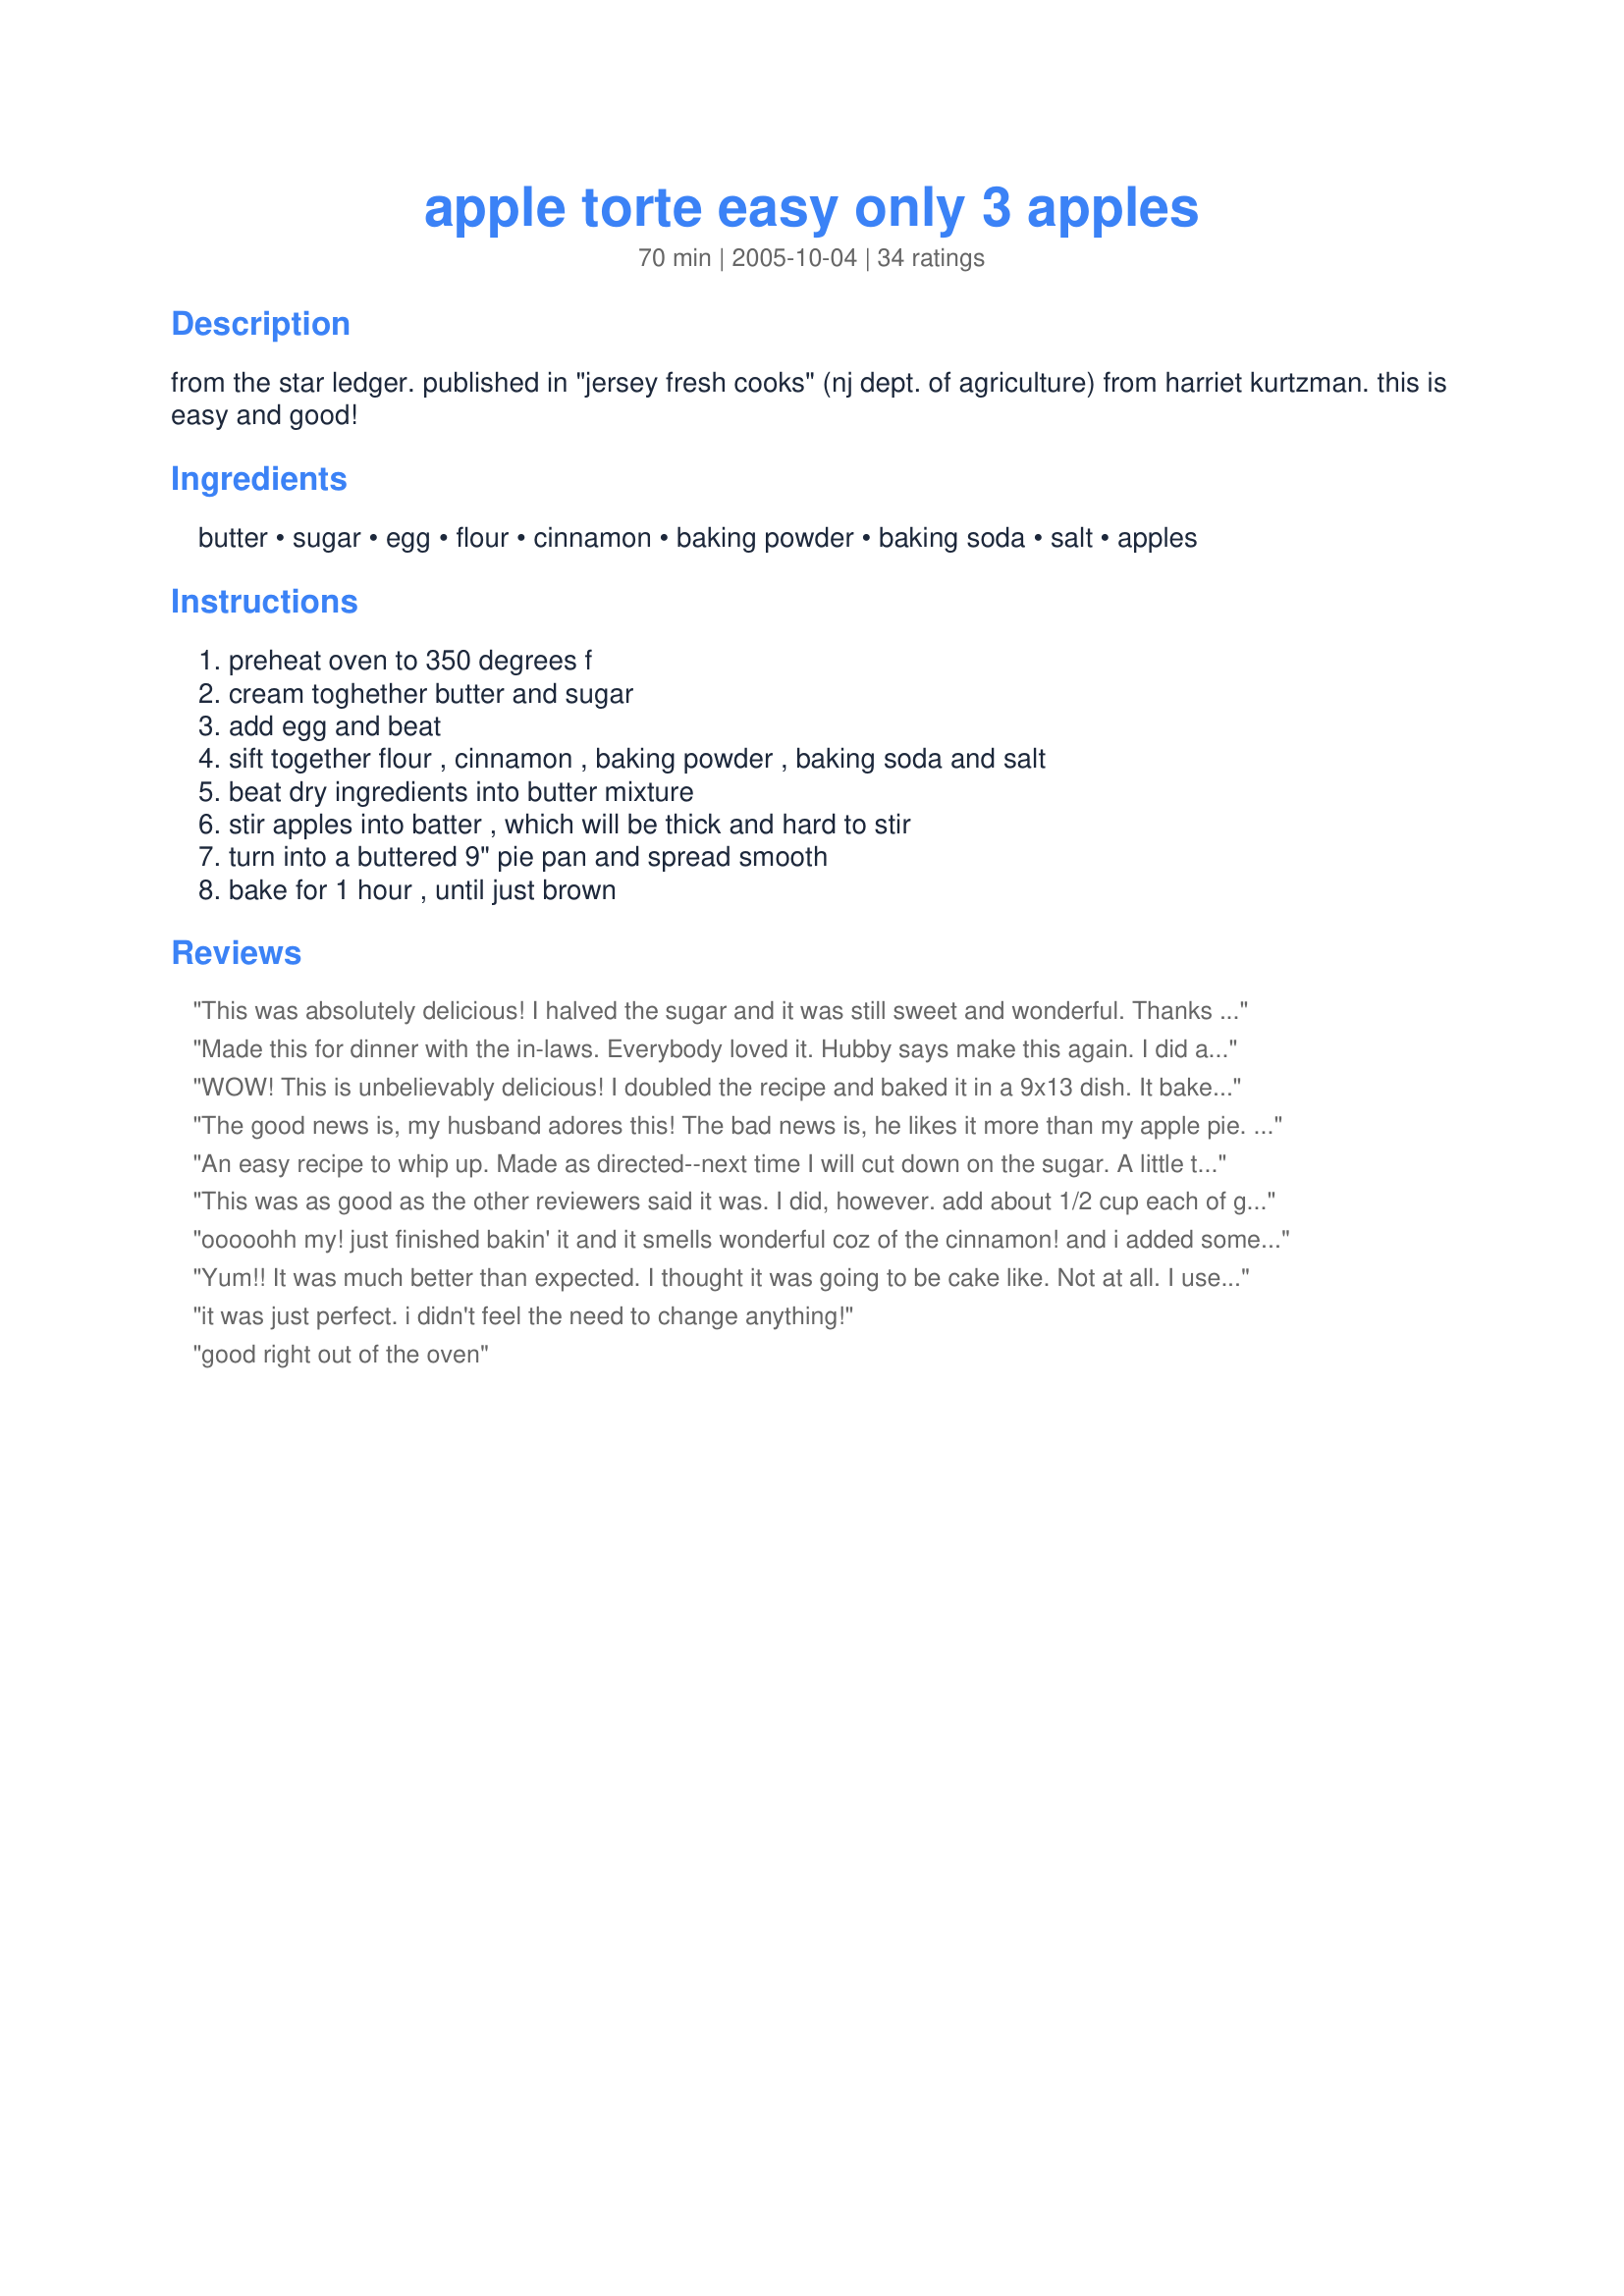
apple torte easy only 3 apples
Preparation time: 70 minutes

from the star ledger. published in "jersey fresh cooks" (nj dept. of agriculture) from harriet kurtzman. this is easy and good!

Ingredients:
butter, sugar, egg, flour, cinnamon, baking powder, baking soda, salt, apples

Steps:
preheat oven to 350 degrees f, cream toghether butter and sugar, add egg and beat, sift together flour , cinnamon , baking powder , baking soda and salt, beat dry ingredients into butter mixture, stir apples into batter , which will be thick and hard to stir, turn into a buttered 9" pie pan and spread smooth, bake for 1 hour , until just brown

Reviews:
This was absolutely delicious! I halved the sugar and it was still sweet and wonderful. Thanks for the recipe!
Made this for dinner with the in-laws. Everybody loved it. Hubby says make this again. I did add rasins. Otherwise followed the recipe. The ingredients are what you would have on hand nothing expensive or exotic but turns out YUMMMM! Thanks for posting this. It was great served warm from the oven with whipped cream & ice cream.
WOW! This is unbelievably delicious! I doubled the recipe and baked it in a 9x13 dish. It baked into a cake-like layered apple dish that cuts nicely into squares for serving. Wonderful and so easy -- thanks for sharing Oolala!
The good news is, my husband adores this! The bad news is, he likes it more than my apple pie. Thank you!
(I think)
An easy recipe to whip up. Made as directed--next time I will cut down on the sugar. A little too sweet for us, but still a nice apple dish.
This was as good as the other reviewers said it was. I did, however. add about 1/2 cup each of golden raisins and chopped walnuts. I found that it was easier to mix it with my hands than a spoon. Thanks for a great easy recipe.
ooooohh my! just finished bakin' it and it smells wonderful coz of the cinnamon! and i added some raisins:) can't wait to taste it so, even if it's still hot am diggin' my fork in right now hehehe... the verdict --- yummmy! i made the sugar 1/2C refined white and 1/2C brown and it's perfect! just the right sweetness. thanks to you 0olala for this easy and tasty recipe:)
Yum!! It was much better than expected. I thought it was going to be cake like. Not at all. I used 1/2 wheat flour. It was more like a apple crisp. Next time I may add a little carmel sauce. I will make again for sure!
it was just perfect. i didn't feel the need to change anything!
good right out of the oven
Loved it! Very quick & easy, once you get the apples done.. I just peeled & roughly chopped them. Baked in the pie dish as directed, I found it was done in 40 mins though. Very moist & liked by everyone! A keeper!
Awesome! Made it in a caserole dish, but will make it in a wider longer dish next time to get more of the yummy crunchy top.
Made this for my family's Thanksgiving dinner dessert and it was a huge success! My husband went back for thirds and he's not much a dessert eater. I followed the recipe exactly except I added a dash of nutmeg and allspice for the extra autumn flavor. Also, I chopped the apples to make it easier for my preschooler to eat. It was a tremendous addition to the holiday table and very easy to put together.
I am a novice baker so I'm always looking for the word "easy" in a recipe. I have no idea what torte is, but this was really fabulous. I will make this again and again. Thanks!!!!!
Wonderful recipe!

Good job!
Great recipe, although I used 1/2 c white sugar and 1/4 c brown sugar.
This is a very easy and tasty recipe. I used white and brown sugar. My husband and I both love it. I made it the first time, it was all gone in two days. So I made it again.... and will continue to make this. Thank you. Love it. A+
This recipe is why I love recipezaar! I had 3 apples to use so I searched under ingredients and this came up! This torte is so fast and easy. I forgot to peel the apples, oh well, more color and fiber. I also used whole wheat pastry flour. It smelled so wonderful while baking and it turned out great! Thanks for a super recipe!!
Great recipe and very easy to do. I just served after the Thanksgiving dinner and everybody love it, I served with vanilla ice ceam and it turns out yummmmy,no need to change the ingredients.
I like that this comes together in a snap with ingredients I almost always have in the house. I was lazy so instead of cutting my apples into pretty wedges, I just cut them into chunks and stirred everything together. I also used half white splenda and half splenda brown sugar with excellent results. Of course, this dessert was extra fab with big scoop of butter pecan ice cream on top. Thank you for posting!
This recipe appeared in the NJ Bell phone company newsletter in Sept. 1972. I have been making it ever since and even won prizes for it. Simple ingredients and usually the only things I need are the apples.
This torte is amazing and wonderfully simple for a non-experience cook/baker like me. I've made it twice so far and it is just delicious! I cut the apples up into small cubes and bake in square silicone muffin cups to bake into lunch boxes. YUM!
Great recipe, easy to make and delicious! Also halved the sugar and still tasted excellent!
This sounds really good-think I'm gonna make it then while still warm drizzle caramel topping on top of the torte. Yummy!!!
Delicious!! Used 1/2 cup sugar and 1/4 cup brown sugar for the 1 cup sugar. Added 1/8 teaspoon nutmeg. Doubled the recipe to make in a 9 x 13 pan. Checked after 40 minutes and found I needed to add 1/2 cup apple cider, so the apples wouldn&#039;t dry out from baking. Checked in another 1/2 hour and all was done. Let it cool for 45 minutes and dug in. mmm....good!! Tried to mix the apples into the dough and couldn&#039;t get the job done, so decided to put the dough on top of the apples, like apple crisp, and bake. If you choose to try the apple crisp way, make sure the dough is sealed over the apples or the apples will dry out.
I followed other reviewers' suggestions and cut the sugar, but I went down to 1/4 cup, and then used 1/4 cup of applesauce & agave nectar mixed. I also subbed two egg whites for the egg, a soy and whole wheat flour blend for the flour, and used canola oil instead of butter. And you know what? This was still phenomenal - only without the saturated fat and blood sugar spike! Thank you for posting!
Possibly this recipe doesn't work when Splenda is used in place of sugar? This was the only thing I subbed but there was very little batter compared to apples, and it came out clumpy and dry.
Delicious! Halved the sugar and used white whole wheat flour and some oat bran. Got tactile and used my hands to mix this. Baked up in only 40 minutes, but the oven I'm using is old, old, old and unpredictable. Thanks for the great recipe!
I doubled the ingredients, halved the sugar and obviously mixed it more and pushed it into the dish more than shown on the photo. Mine looks fairly smooth on top and taste is out of this world. Will definitely make this one of my favourites. Thanks lots for it.
This is very easy to make. I used my apple peeler/ slicer so all I had to do was quarter the apple pieces. This tastes so good. Mine baked in 30 minutes. I used my cast iron
au gratin pan so that may be why. Thanks for the recipe.
Delicious and easy comfort food! Made the recipe as submitted except added some chopped toasted pecans. Used my mixer and kept expecting it to act like a typical cake, but it didn&#039;t. Because of the high ratio of sugar to butter it stayed kind of grainy, didn&#039;t really act &quot;creamed&quot; until after the egg was added. There are more apples than batter in the finished product and the batter is on the dry side, which had me wondering if I&#039;d done something wrong, but it was great, and all the apples really make this dessert! I had very good granny smith and honey crisp apples (love this time of year!) resulting in a perfect combination of tart and sweet. Looked done at 40 minutes but wasn&#039;t, and ended up adding a total of 15 more minutes. Served warm with whipped cream and additional toasted pecans. Plan to make two more this week for different occasions. PERFECT AUTUMN TREAT!
It is delicious!!! Buttery... sweet chewy!!! The photo with the recipe looks NOTHING like what the recipe calls for... I used a 9 inch glass/corning ware... DELISH!!!!!!!
Oh! This is soooo yummy! Just made it, it's hot out of the oven, and wonderful. Yes, it could be less sweet, but it's still a keeper by me! I made it as per the recipe this time. Next time I may try it with less sugar. We'll see... I don't eat sweet things on a regular basis (like once every couple of weeks or more), so when I get a taste for them, I make them & eat em! I know my family will love it. They are all in bed now.
This was very easy to make and it tasted excellent. I used 3 large Gala apples. I will make this one again. Thanks for sharing!!!
